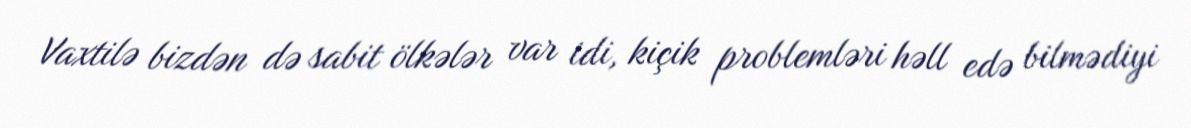
Vaxtilə bizdən də sabit ölkələr var idi, kiçik problemləri həll edə bilmədiyi